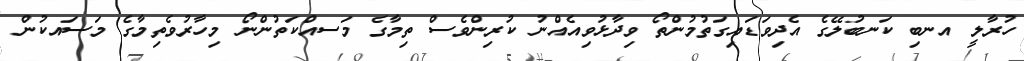
ހުރާލީ އނބި ކަނބުލޭގެ އެދިވަޑައިގަތުމުންތޯ ވިދާޅުވިއެއްނު ކުރިންވެސް ތިމާގެ މަސއްކަތުންނޯ މިހާރުވެތިމާގެ މަސައކުން